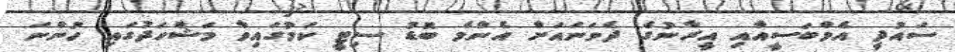
ސައުދީ އެމްބަސީއާއި އީރާނުގެ ދެވަނައަށް އެންމެ ބޮޑު ސިޓީ ކަމުގައިވާ މަޝްހަދުގައި ހުންނަ